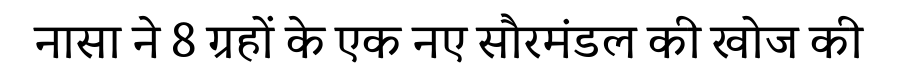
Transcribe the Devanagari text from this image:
नासा ने 8 ग्रहों के एक नए सौरमंडल की खोज की